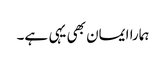
ہمارا ایمان بھی یہی ہے۔